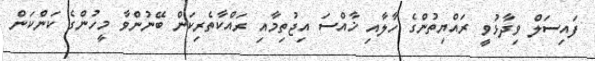
ފައިސަލް ވިދާޅުވީ ރައްޔިތުންގެ ހާލާއި ޚާއްސަ އިޖުތިމާއި ރައްކާތެރިކަން ބޭނުންވާ މީހުންގެ ކަންކަން